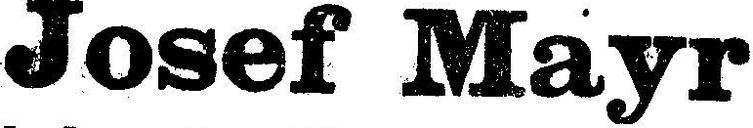
Josef Mayr